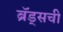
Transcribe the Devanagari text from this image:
ब्रॅड्सची